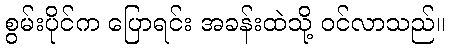
စွမ်းပိုင်က ပြောရင်း အခန်းထဲသို့ ဝင်လာသည်။